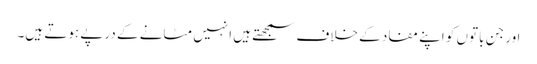
اور جن باتوں کو اپنے مفاد کے خلاف سمجھتے ہیں انہیں مٹانے کے درپے ہوتے ہیں۔